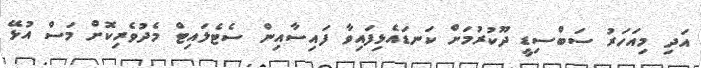
އަދި މިއަހަރު ސަބްސިޑީ ދޫކުރުމަށް ކަނޑައެޅިފައިވާ ފައިސާއިން ސެޓެލައިޓް މެދުވެރިކޮށް މަސް އުޅޭ